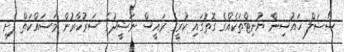
ސޯޝަލް ހައުސިން ޔުނިޓްތަކެއްގެ ގޮތުގައި ކުރީގެ ރައީސް ނަޝީދުގެ ސަރުކާރުން މަސައްކަތް ފެށި